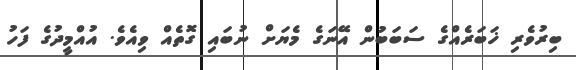
ބިރުވެރި ޚަބަރެއްގެ ސަބަބުން އޭނަގެ މެޔަށް ނުބައި ގޮތެއް ވިއެވެ. އުއްމީދުގެ ފަހު